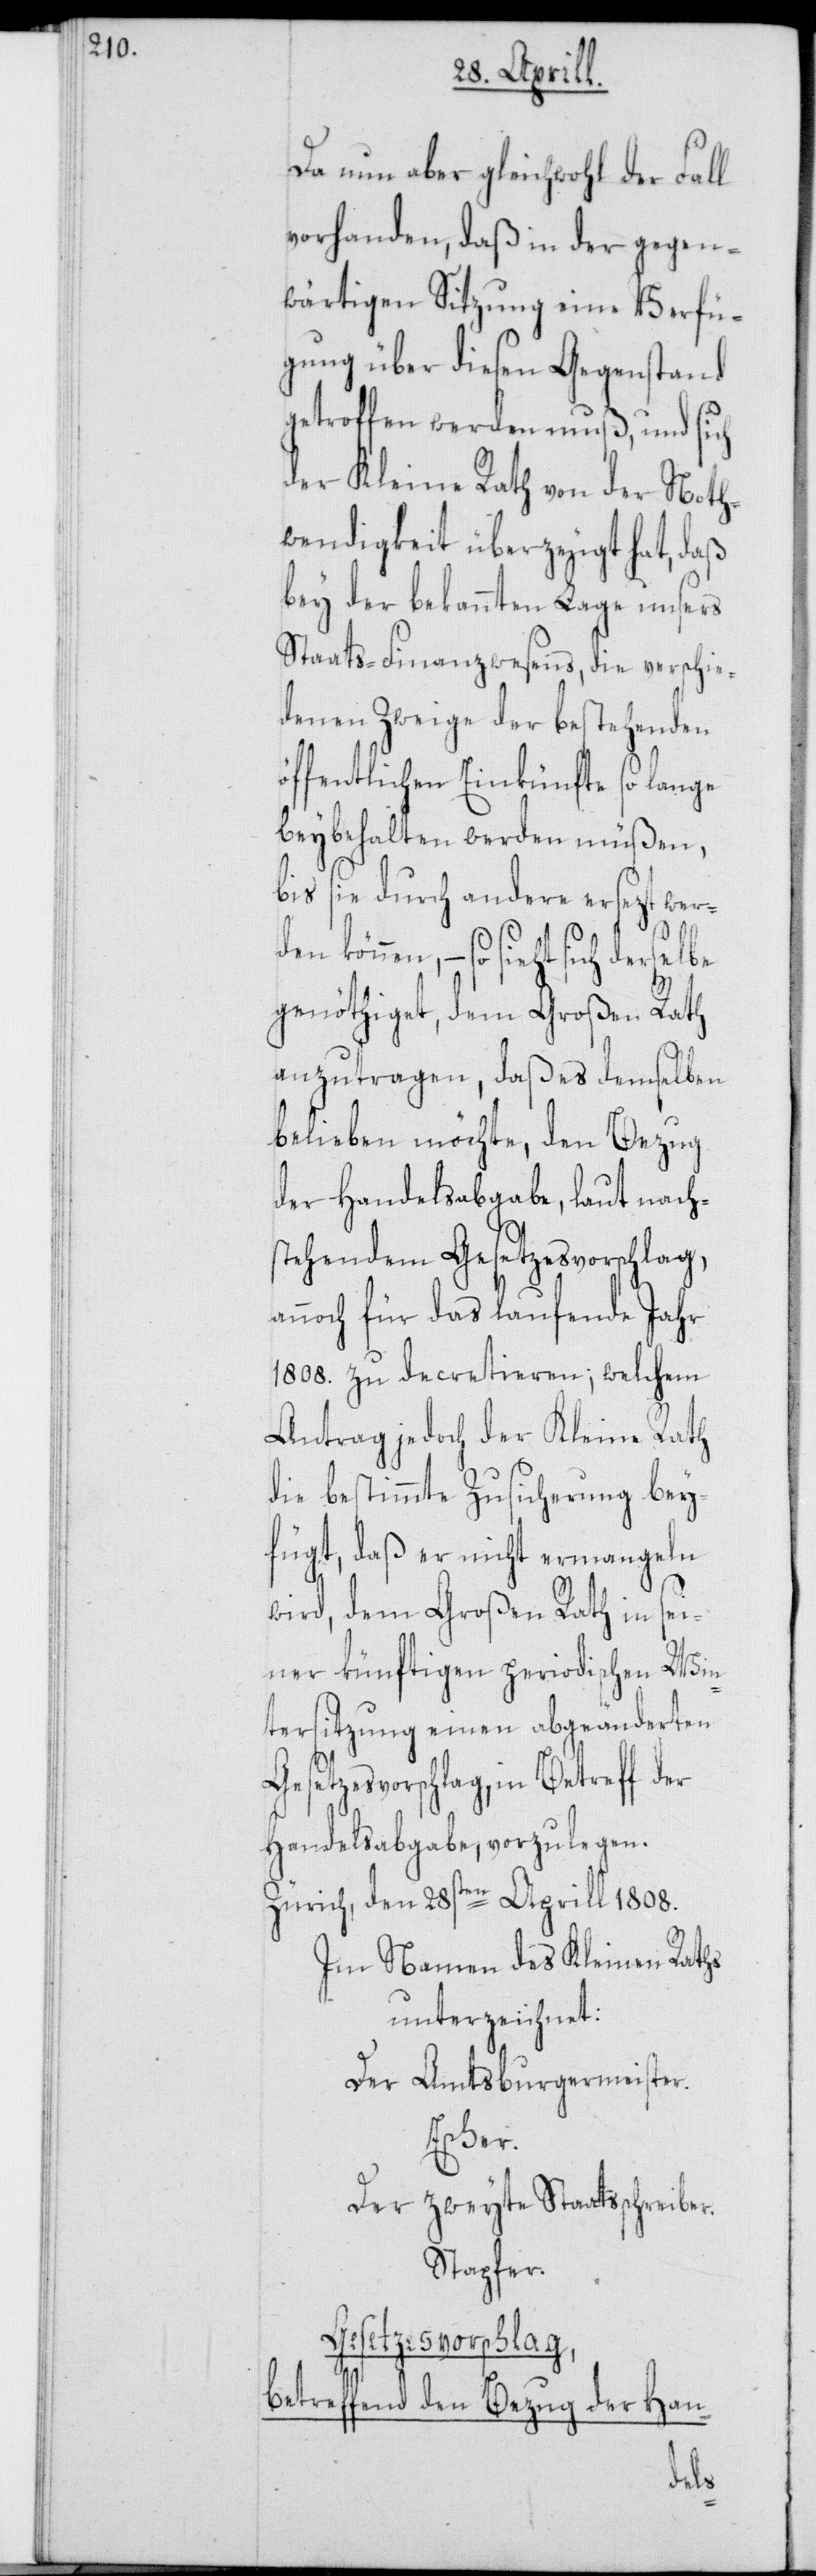
Da nun aber gleichwohl der Fall
vorhanden, daß in der gegen¬
wärtigen Sitzung eine Verfü¬
gung über diesen Gegenstand
getroffen werden muß, und sich
der Kleine Rath von der Noth¬
wendigkeit überzeugt hat, daß
bey der bekannten Lage unsers
Staats-Finanzwesens, die verschie¬
denen Zweige der bestehenden
öffentlichen Einkünfte so lange
beybehalten werden müßen,
bis sie durch andere ersezt wer¬
den können, – so sieht sich derselbe
genöthiget, dem Großen Rath
anzutragen, daß es demselben
belieben möchte, den Bezug
der Handelsabgabe, laut nach¬
stehendem Gesetzesvorschlag,
annoch für das laufende Jahr
1808. zu decretieren; welchem
Antrag jedoch der Kleine Rath
die bestimmte Zusicherung bey¬
fügt, daß er nicht ermangeln
wird, dem Großen Rath in sei¬
ner künftigen periodischen Win¬
tersitzung einen abgeänderten
Handelsabgabe, vorzulegen.
Zürich, den 28sten Aprill 1808.
Im Namen des Kleinen Raths
unterzeichnet:
Der Amtsburgermeister.
Escher.
Der zweyte Staatsschreiber.
Stapfer.
Gesetzesvorschlag,
in
betreffend den Bezug der Han-
der